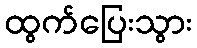
ထွက်ပြေးသွား